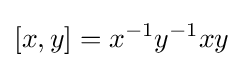
[x,y]=x^{-1}y^{-1}xy